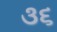
૩૬